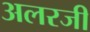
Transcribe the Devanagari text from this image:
अलरजी